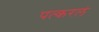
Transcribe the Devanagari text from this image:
पत्करलं